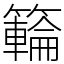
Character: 𥶡